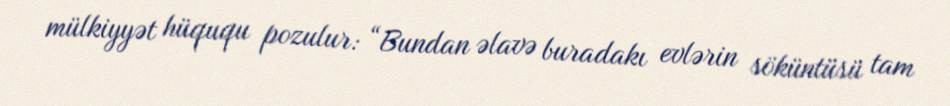
mülkiyyət hüququ pozulur: “Bundan əlavə buradakı evlərin söküntüsü tam